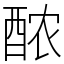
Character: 𬪩